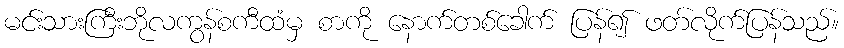
မင်းသားကြီးဘိုလကွန်စကီထံမှ စာကို နောက်တစ်ခေါက် ပြန်၍ ဖတ်လိုက်ပြန်သည်။